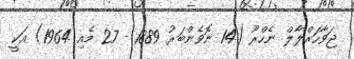
ޖަވާހަރްލާލް ނެހްރޫ (14 ނޮވެންބަރު 1889 - 27 މެއި 1964) އަކީ